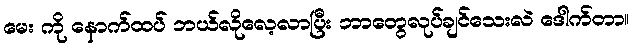
မေး ကို နောက်ထပ် ဘယ်လိုလေ့လာပြီး ဘာတွေလုပ်ချင်သေးလဲ ဒေါက်တာ။